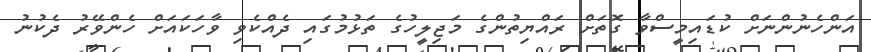
އަންހެނުންނަށް ކުޑައިމީސްވާ ގޮތަށް ރައްޔިތުންގެ މަޖިލީހުގެ ތަޅުމުގައި ދެއްކެވި ވާހަކައަށް ހެންވޭރު ދެކުނު